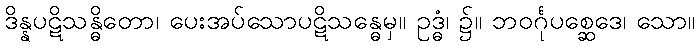
ဒိန္နပဋိသန္ဓိတော၊ ပေးအပ်သောပဋိသန္ဓေမှ။ ဥဒ္ဓံ၊ ၌။ ဘဝင်္ဂုပစ္ဆေဒေ၊ သော။